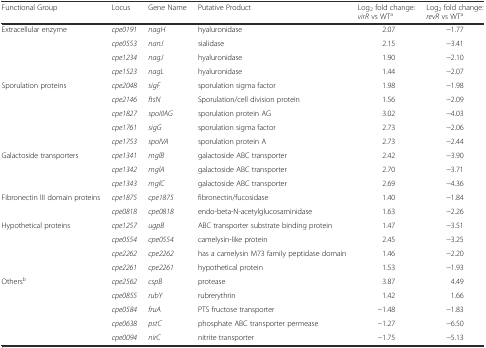
| Functional Group | Locus | Gene Name | Putative Product | Log2 fold change: virR vs WTa | Log2 fold change: revR vs WTa |
 | --- | --- | --- | --- | --- | --- |
 | <ROWSPAN=4> Extracellular enzyme | cpe0191 | nagH | hyaluronidase | 2.07 | −1.77 |
 | cpe0553 | nanJ | sialidase | 2.15 | −3.41 |
 | cpe1234 | nagJ | hyaluronidase | 1.90 | −2.10 |
 | cpe1523 | nagL | hyaluronidase | 1.44 | −2.07 |
 | <ROWSPAN=5> Sporulation proteins | cpe2048 | sigF | sporulation sigma factor | 1.98 | −1.98 |
 | cpe2146 | ftsN | Sporulation/cell division protein | 1.56 | −2.09 |
 | cpe1827 | spoIIIAG | sporulation protein AG | 3.02 | −4.03 |
 | cpe1761 | sigG | sporulation sigma factor | 2.73 | −2.06 |
 | cpe1753 | spoIVA | sporulation protein A | 2.73 | −2.44 |
 | <ROWSPAN=3> Galactoside transporters | cpe1341 | mglB | galactoside ABC transporter | 2.42 | −3.90 |
 | cpe1342 | mglA | galactoside ABC transporter | 2.70 | −3.71 |
 | cpe1343 | mglC | galactoside ABC transporter | 2.69 | −4.36 |
 | <ROWSPAN=2> Fibronectin III domain proteins | cpe1875 | cpe1875 | fibronectin/fucosidase | 1.40 | −1.84 |
 | cpe0818 | cpe0818 | endo-beta-N-acetylglucosaminidase | 1.63 | −2.26 |
 | <ROWSPAN=4> Hypothetical proteins | cpe1257 | ugpB | ABC transporter substrate binding protein | 1.47 | −3.51 |
 | cpe0554 | cpe0554 | camelysin-like protein | 2.45 | −3.25 |
 | cpe2262 | cpe2262 | has a camelysin M73 family peptidase domain | 1.46 | −2.20 |
 | cpe2261 | cpe2261 | hypothetical protein | 1.53 | −1.93 |
 | <ROWSPAN=5> Othersb | cpe2562 | cspB | protease | 3.87 | 4.49 |
 | cpe0855 | rubY | rubrerythrin | 1.42 | 1.66 |
 | cpe0584 | fruA | PTS fructose transporter | −1.48 | −1.83 |
 | cpe0638 | pstC | phosphate ABC transporter permease | −1.27 | −6.50 |
 | cpe0094 | nirC | nitrite transporter | −1.75 | −5.13 |